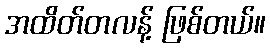
အထိတ်တလန့် ဖြစ်တယ်။